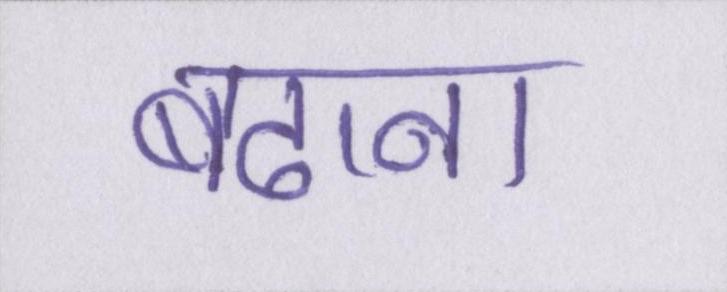
बढाना